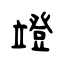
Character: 竳